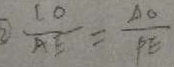
\textcircled { 2 } \frac { C O } { A E } = \frac { A O } { P E }